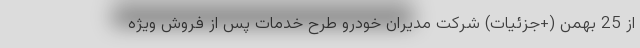
از 25 بهمن (+جزئیات) شرکت مدیران خودرو طرح خدمات پس از فروش ویژه